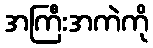
အကြီးအကဲကို